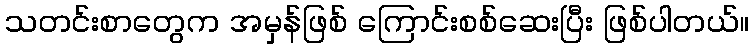
သတင်းစာတွေက အမှန်ဖြစ် ကြောင်းစစ်ဆေးပြီး ဖြစ်ပါတယ်။